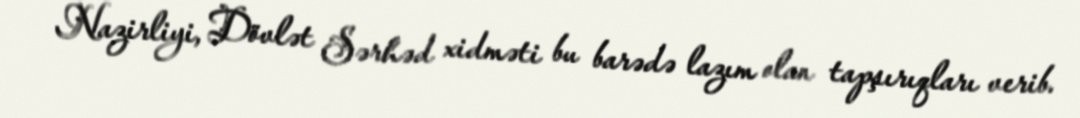
Nazirliyi, Dövlət Sərhəd xidməti bu barədə lazım olan tapşırıqları verib.